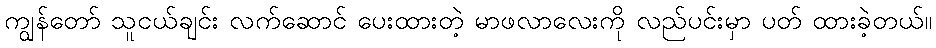
ကျွန်တော် သူငယ်ချင်း လက်ဆောင် ပေးထားတဲ့ မာဖလာလေးကို လည်ပင်းမှာ ပတ် ထားခဲ့တယ်။